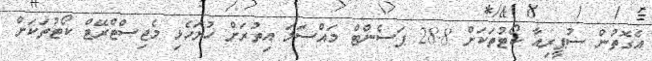
އެގޮތުން ސުޕީރިއާ ކޯޓުތަކަށް 28.8 ޕަސެންޓް މައްސަލަ އިތުރަށް ހުށަހެޅި މެޖިސްޓްރޭޓް ކޯޓުތަކަށް